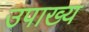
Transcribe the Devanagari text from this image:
उपाख्‍य